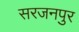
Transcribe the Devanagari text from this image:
सरजनपुर